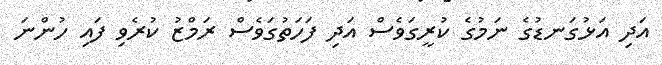
އަދި އަޅުގަނޑުގެ ނަމުގެ ކުރީގަވެސް އަދި ފަހަތުގަވެސް ރަމްޒު ކުރެވި ފައި ހުންނަ